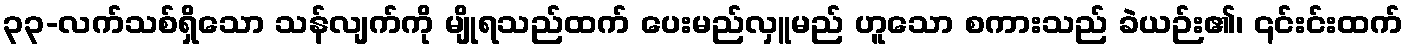
၃၃-လက်သစ်ရှိသော သန်လျက်ကို မျိုရသည်ထက် ပေးမည်လှူမည် ဟူသော စကားသည် ခဲယဉ်း၏၊ ၎င်းင်းထက်